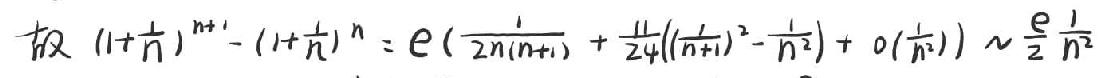
故 $(1+\frac{1}{n})^{n + 1}-(1+\frac{1}{n})^{n}=e(\frac{1}{2n(n + 1)}+\frac{11}{24}((\frac{1}{n + 1})^{2}-\frac{1}{n^{2}})+o(\frac{1}{n^{2}}))\sim\frac{e}{2}\frac{1}{n^{2}}$